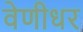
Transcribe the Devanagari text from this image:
वेणीधर